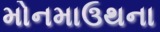
મોનમાઉથના